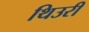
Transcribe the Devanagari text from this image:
थिउरी